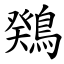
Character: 䳫